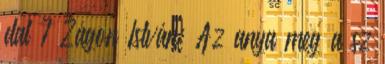
dal 7 Zágon István: Az anya meg a sz